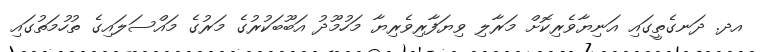
އދ. ދަނގެތީގައި އަނިޔާވެރިކޮށް މަރާލި ވިޔަފާރިވެރިޔާ މަހުމޫދު އަބޫބަކުރުގެ މަރުގެ މައްސަލައިގެ ތުހުމަތުގައި